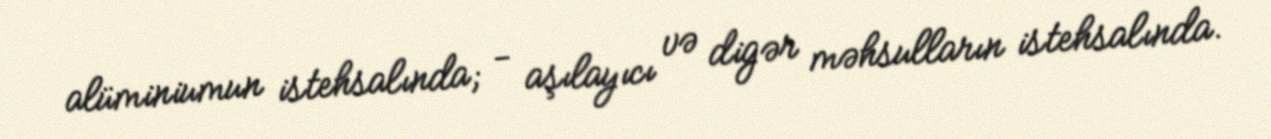
alüminiumun istehsalında; - aşılayıcı və digər məhsulların istehsalında.